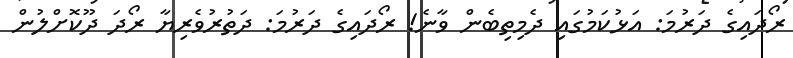
ރޯދައިގެ ދަރުމަ: އަޅުކަމުގައި ދެމިތިބެން ވާނެ! ރޯދައިގެ ދަރުމަ: ދަތުރުވެރިޔާ ރޯދަ ދޫކޮށްލުން